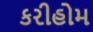
કરીહોમ